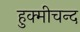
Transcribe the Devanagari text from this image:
हुक्मीचन्द